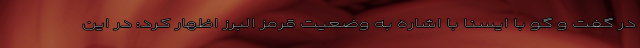
در گفت و گو با ایسنا با اشاره به وضعیت قرمز البرز اظهار کرد: در این